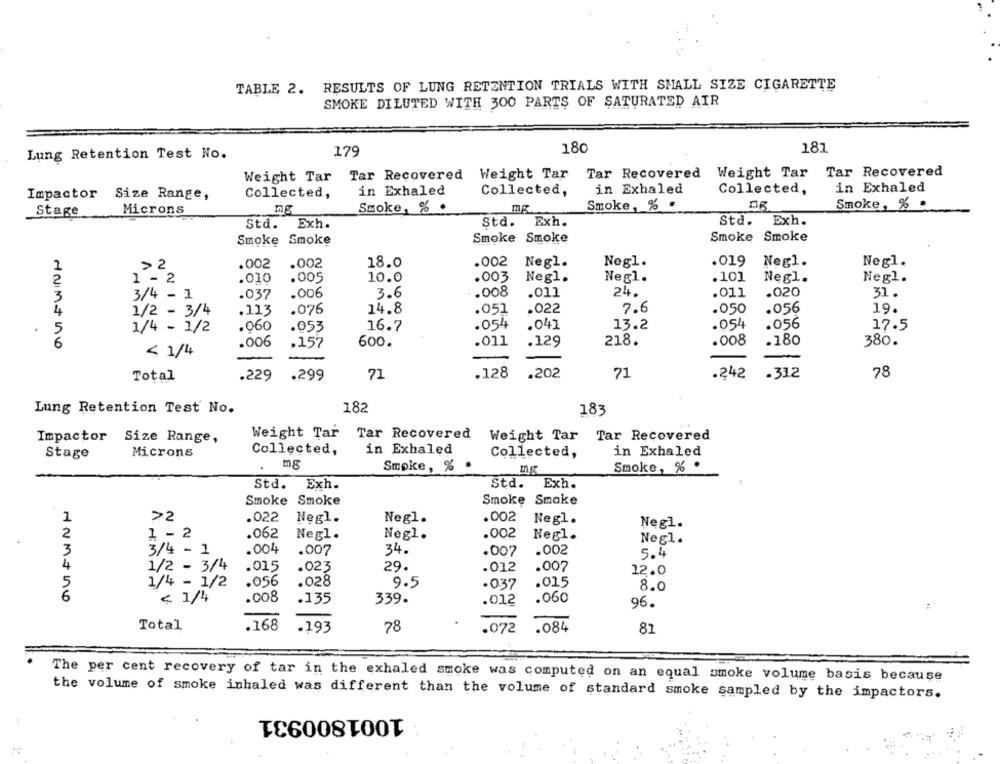
TABLE 2. RESULTS OF LUNG RETENTION TRIALS WITH SMALL SIZE CIGARETTE
SMOKE DILUTED WITH 300 PARTS OF SATURATED AIR
179
180
181
Lung Retention Test No.
Weight Tar Tar Recovered Weight Tar
Tar Recovered
Weight Tar Tar Recovered
in Exhaled
Collected,
in Exhaled
Collected,
in Exhaled
Impactor Size Range,
Collected,
Smoke, % .
Smoke, % .
Stage
Microns
ng
Smoke, % .
mg
Std. Exh.
Std. Exh.
Std.
Exh.
Smoke Smoke
Smoke Smoke
Smoke Smoke
Negl.
1
> 2
.002
.002
18.0
.002
Negl.
Negl.
.019
Negl.
2
1 - 2
.010
.005
10.0
.003
Negl.
Negl.
.101
Negl.
Negl.
3
3/4 - 1
.037
.006
3.6
.008
.011
24.
.011
.020
31.
4
1/2 - 3/4
.113
.076
14.8
.051
.022
7.6
.050
.056
19.
1/4 - 1/2
060
.053
16.7
.054
.041
13.2
.054
.056
17.5
5
6
.006
.157
600.
.011
.129
218.
.008
.180
380.
< 1/4
.229
.299
71
.128
.202
71
.242
.31.2
78
Total
Lung Retention Test No.
182
183
Weight Tar Tar Recovered
Impactor Size Range,
Weight Tar Tar Recovered
Collected,
in Exhaled
in Exhaled
Stage
Microns
Collected,
Smoke, % *
Smoke, % .
mg
Std.
Exh.
Std.
Exh.
:
Smoke Smoke
Smoke Smoke
1
>2
.022
Negl.
Negl.
.002
Negl.
Negl.
2
1 - 2
.062
Negl.
Negl.
.002
Negl.
Negl.
3
3/4 - 1
.004
.007
34.
.002
.007
5.4
4
1/2 - 3/4
.015
.023
29.
.012
.007
12.0
.028
5
1/4 - 1/2
.056
9.5
.0.37
.015
8.0
6
< 1/4
.008
.135
339.
.012
.060
96.
:
Total
.168
.072
.193
78
.084
81
The per cent recovery of tar in the exhaled smoke was computed on an equal smoke volume basis because
the volume of smoke inhaled was different than the volume of standard smoke sampled by the impactors.
1001800931